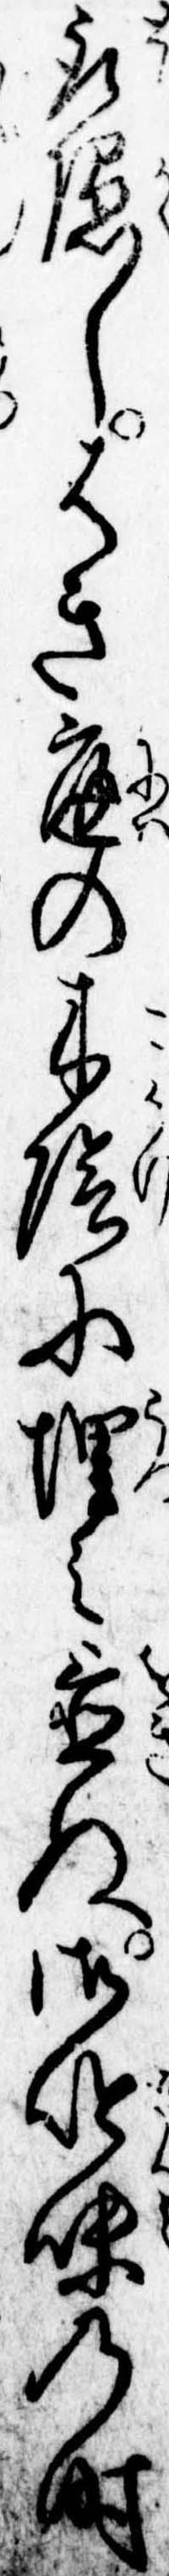
取隠しはき庭の木陰に埋み置ぬ御吟味の時